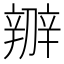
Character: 辧